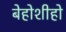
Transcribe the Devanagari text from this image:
बेहोशीहो